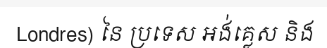
Londres) នៃ ប្រទេស អង់គ្លេស និង